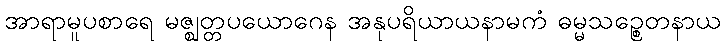
အာရာမူပစာရေ မဇ္ဈတ္တပယောဂေန အနုပရိယာယနာမကံ ဓမ္မသဉ္စေတနာယ